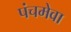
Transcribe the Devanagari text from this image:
पंचमेवा